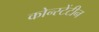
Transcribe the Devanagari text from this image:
कोन्स्टेंटीन